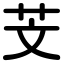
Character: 芠